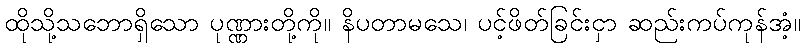
ထိုသို့သဘောရှိသော ပုဏ္ဏားတို့ကို။ နိပတာမသေ၊ ပင့်ဖိတ်ခြင်းငှာ ဆည်းကပ်ကုန်အံ့။